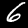
Digit: 6